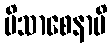
ပိသာစေနာပိ